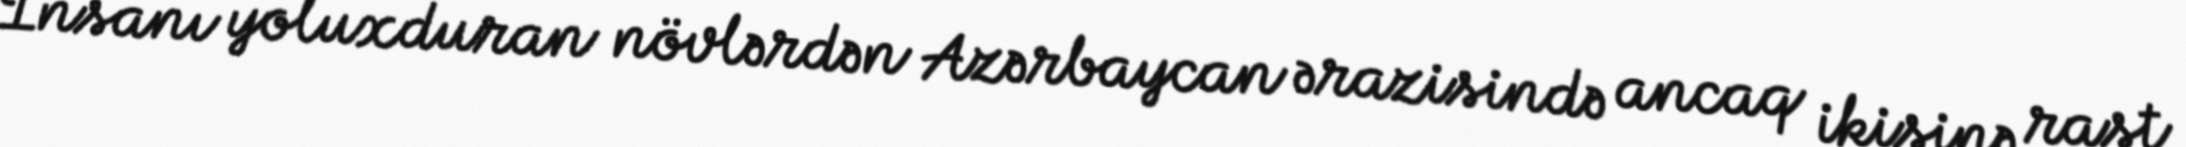
İnsanı yoluxduran növlərdən Azərbaycan ərazisində ancaq ikisinə rast